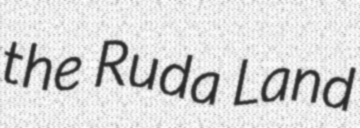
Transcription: the Ruda Land